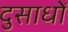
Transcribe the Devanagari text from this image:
दुसाधों